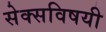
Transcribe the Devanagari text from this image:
सेक्सविषयी